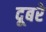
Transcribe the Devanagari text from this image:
दूबरे